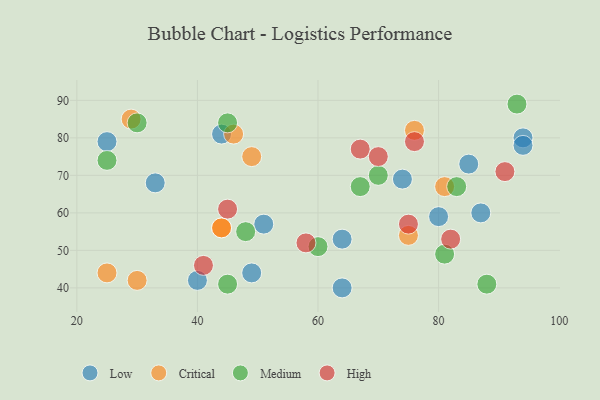
{"axis": {"x": "GDP", "y": "Life Expectancy"}, "legend": ["Critical", "High", "Low", "Medium"], "data": [{"x": "25", "y": 79, "type": "Low"}, {"x": "80", "y": 59, "type": "Low"}, {"x": "64", "y": 53, "type": "Low"}, {"x": "51", "y": 57, "type": "Low"}, {"x": "33", "y": 68, "type": "Low"}, {"x": "44", "y": 81, "type": "Low"}, {"x": "40", "y": 42, "type": "Low"}, {"x": "87", "y": 60, "type": "Low"}, {"x": "85", "y": 73, "type": "Low"}, {"x": "64", "y": 40, "type": "Low"}, {"x": "94", "y": 80, "type": "Low"}, {"x": "49", "y": 44, "type": "Low"}, {"x": "94", "y": 78, "type": "Low"}, {"x": "74", "y": 69, "type": "Low"}, {"x": "76", "y": 82, "type": "Critical"}, {"x": "44", "y": 56, "type": "Critical"}, {"x": "44", "y": 56, "type": "Critical"}, {"x": "30", "y": 42, "type": "Critical"}, {"x": "49", "y": 75, "type": "Critical"}, {"x": "75", "y": 54, "type": "Critical"}, {"x": "25", "y": 44, "type": "Critical"}, {"x": "29", "y": 85, "type": "Critical"}, {"x": "81", "y": 67, "type": "Critical"}, {"x": "46", "y": 81, "type": "Critical"}, {"x": "93", "y": 89, "type": "Medium"}, {"x": "67", "y": 67, "type": "Medium"}, {"x": "48", "y": 55, "type": "Medium"}, {"x": "83", "y": 67, "type": "Medium"}, {"x": "25", "y": 74, "type": "Medium"}, {"x": "45", "y": 84, "type": "Medium"}, {"x": "70", "y": 70, "type": "Medium"}, {"x": "88", "y": 41, "type": "Medium"}, {"x": "45", "y": 41, "type": "Medium"}, {"x": "30", "y": 84, "type": "Medium"}, {"x": "60", "y": 51, "type": "Medium"}, {"x": "81", "y": 49, "type": "Medium"}, {"x": "58", "y": 52, "type": "High"}, {"x": "76", "y": 79, "type": "High"}, {"x": "82", "y": 53, "type": "High"}, {"x": "41", "y": 46, "type": "High"}, {"x": "67", "y": 77, "type": "High"}, {"x": "75", "y": 57, "type": "High"}, {"x": "70", "y": 75, "type": "High"}, {"x": "45", "y": 61, "type": "High"}, {"x": "91", "y": 71, "type": "High"}]}